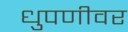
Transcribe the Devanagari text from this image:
धुपणीवर